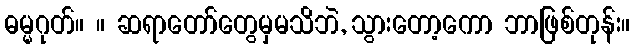
ဓမ္မဂုတ်။ ။ ဆရာတော်တွေမှမသိဘဲ, သွားတော့ကော ဘာဖြစ်တုန်း။